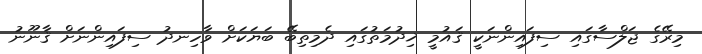
މިރޭގެ ޖަލްސާގައި ސިފައިންނަކީ ޤައުމީ ޚިދުމަތުގައި ދެމިތިބޭ ބަޔަކަށް ވާހިނދު ސިފައިންނަށް ޤާނޫނު